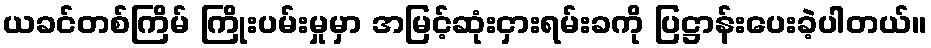
ယခင်တစ်ကြိမ် ကြိုးပမ်းမှုမှာ အမြင့်ဆုံးငှားရမ်းခကို ပြဋ္ဌာန်းပေးခဲ့ပါတယ်။